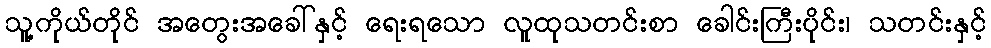
သူ့ကိုယ်တိုင် အတွေးအခေါ်နှင့် ရေးရသော လူထုသတင်းစာ ခေါင်းကြီးပိုင်း၊ သတင်းနှင့်